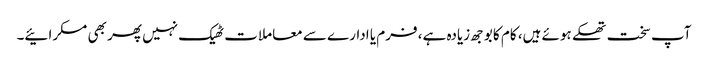
آپ سخت تھکے ہوئے ہیں، کام کا بوجھ زیادہ ہے، فرم یا ادارے سے معاملات ٹھیک نہیں پھر بھی مسکرائیے۔